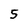
Character: 5